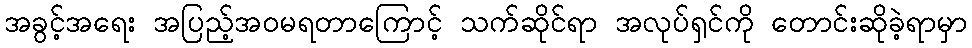
အခွင့်အရေး အပြည့်အဝမရတာကြောင့် သက်ဆိုင်ရာ အလုပ်ရှင်ကို တောင်းဆိုခဲ့ရာမှာ